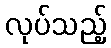
လုပ်သည့်